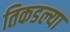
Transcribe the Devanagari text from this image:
तिकडल्या